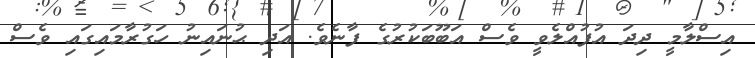
އިސްލާމީ ދިދަ އުފުއްލެވީ ވެސް އަބޫބަކުރުގެ ފާނެވެ. އަދި ޙުނައިނު ހަގުރާމައިގައި ވެސް